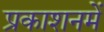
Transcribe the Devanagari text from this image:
प्रकाशनमें